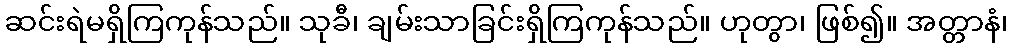
ဆင်းရဲမရှိကြကုန်သည်။ သုခီ၊ ချမ်းသာခြင်းရှိကြကုန်သည်။ ဟုတွာ၊ ဖြစ်၍။ အတ္တာနံ၊